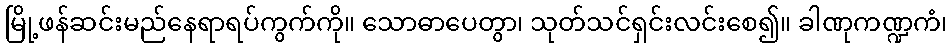
မြို့ဖန်ဆင်းမည်နေရာရပ်ကွက်ကို။ သောဓာပေတွာ၊ သုတ်သင်ရှင်းလင်းစေ၍။ ခါဏုကဏ္ဍကံ၊